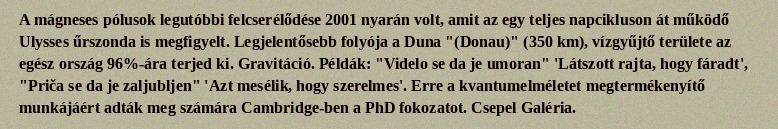
A mágneses pólusok legutóbbi felcserélődése 2001 nyarán volt, amit az egy teljes napcikluson át működő Ulysses űrszonda is megfigyelt. Legjelentősebb folyója a Duna "(Donau)" (350 km), vízgyűjtő területe az egész ország 96%-ára terjed ki. Gravitáció. Példák: "Videlo se da je umoran" 'Látszott rajta, hogy fáradt', "Priča se da je zaljubljen" 'Azt mesélik, hogy szerelmes'. Erre a kvantumelméletet megtermékenyítő munkájáért adták meg számára Cambridge-ben a PhD fokozatot. Csepel Galéria.